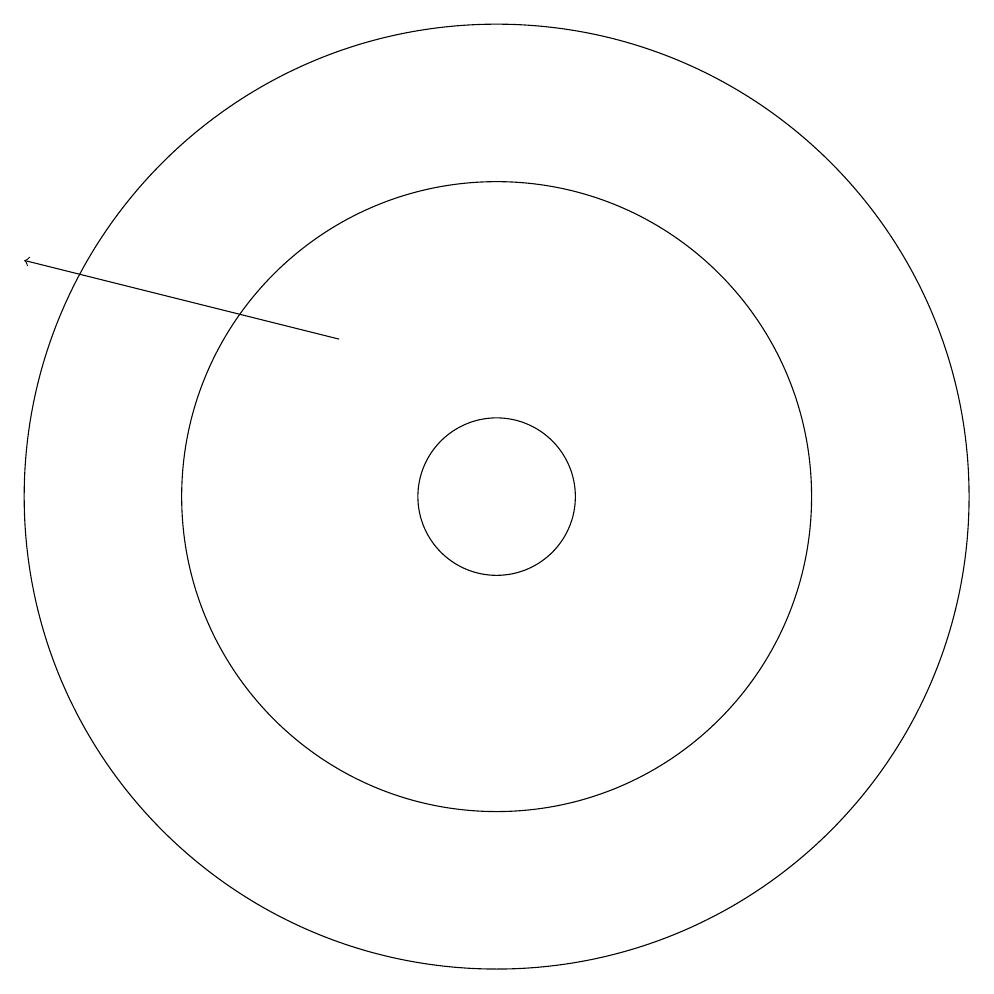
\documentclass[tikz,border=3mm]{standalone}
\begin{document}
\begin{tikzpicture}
\draw (11,10) circle (4);
\draw (11,10) circle (6);
\draw (11,10) circle (1);
\draw[->] (9,12) -- (5,13);
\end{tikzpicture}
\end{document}